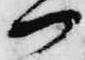
候